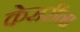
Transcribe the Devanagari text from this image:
केसरींना